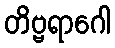
တိဗ္ဗရာဂေါ